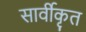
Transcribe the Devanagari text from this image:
सार्वीकृत